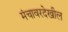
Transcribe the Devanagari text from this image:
मंचावरदेखील